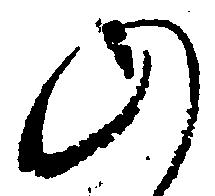
の